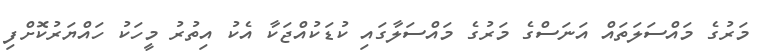
މަރުގެ މައްސަލަތައް އަނަސްގެ މަރުގެ މައްސަލާގައި ކުޑަކުއްޖަކާ އެކު އިތުރު މީހަކު ހައްޔަރުކޮށްފި